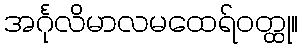
အင်္ဂုလိမာလမထေရ်ဝတ္ထု။